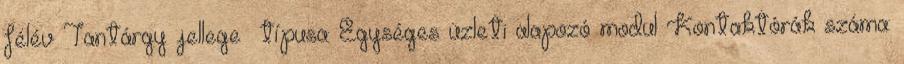
félév Tantárgy jellege típusa: Egységes üzleti alapozó modul Kontaktórák száma: